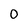
Character: 0